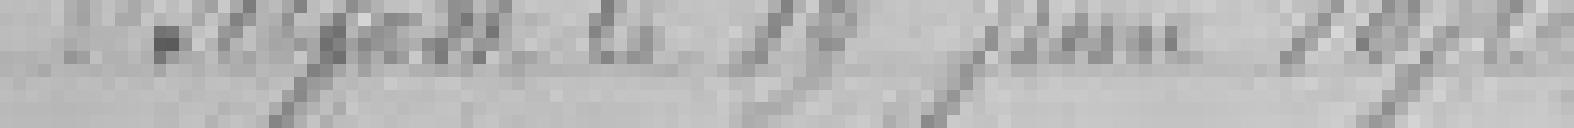
Belfort le 19 juin 1876